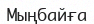
Мыңбайға